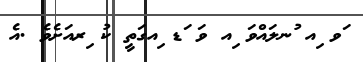
ަވ ިއ ުނލައްވަ ިއ ވަ ަޑ ިއގަތީ ކު ިރއަށެވެ .އެ